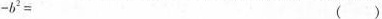
- b ^ { 2 } =$$ ( )